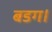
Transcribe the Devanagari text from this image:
बडग।